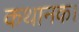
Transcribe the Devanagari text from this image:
कथानक।